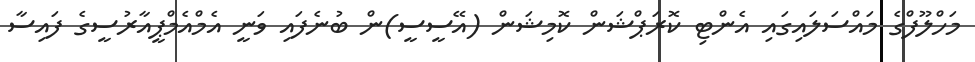
މަހްލޫފްގެ މައްސަލައިގައި އެންޓި ކޮރަޕްޝަން ކޮމިޝަން (އޭސީސީ)ން ބުނެފައި ވަނީ އެމްއެމްޕީއާރުސީގެ ފައިސާ